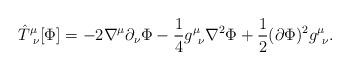
LaTeX: \begin{align*}{\hat{T}}^{\mu}_{\ \nu} [\Phi]= -2\nabla^{\mu} \partial_{\nu} \Phi-{\frac{1}{4}} g^{\mu}_{\ \nu} \nabla^2\Phi + {\frac{1}{2}}(\partial\Phi)^2 g^{\mu}_{\ \nu} .\end{align*}